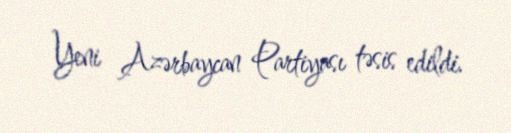
Yeni Azərbaycan Partiyası təsis edildi.